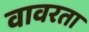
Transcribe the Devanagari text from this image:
वावरता